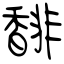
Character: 馡